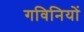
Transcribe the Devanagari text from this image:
गविनियों